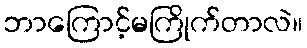
ဘာကြောင့်မကြိုက်တာလဲ။